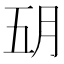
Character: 𬁶